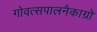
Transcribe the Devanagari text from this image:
गोवत्सपालनैकाग्रो